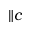
\| c